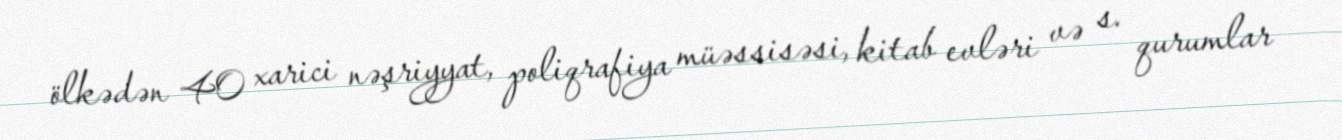
ölkədən 40 xarici nəşriyyat, poliqrafiya müəssisəsi, kitab evləri və s. qurumlar